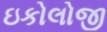
ઇકોલોજી